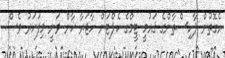
އެގޮތުން ޕާކިސްތާންގެ ޤައުމީ ޓީމްގެ ކެޕްޓަން ހާޖަރާ ޚާން ވަނީ މިފަހަރު ވެސް